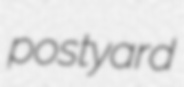
postyard